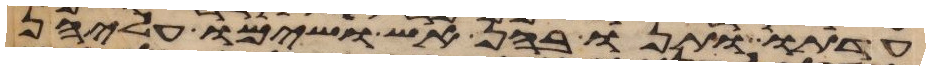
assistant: עדתו ותנו בהן אש ושימו עליהן